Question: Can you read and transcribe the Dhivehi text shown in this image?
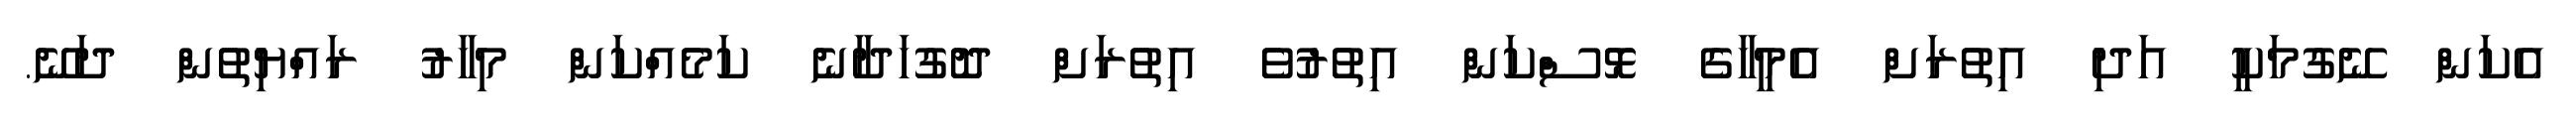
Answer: އެކަން ނޭގުމަކީ އަދި އިތުރަށް އެމީހާގެ ޅޮސްކަން އިތުރުވެ އިތުރަށް ދޮގުހަދާނެ ކަމެއްކަން މިހާރު ރައްޔިތުން ދަނޭ.